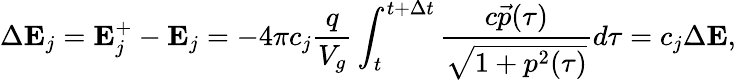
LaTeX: \Delta\mathbf{E}_{j}=\mathbf{E}_{j}^{+}-\mathbf{E}_{j}=-4\pi c_{j}\frac{q}{V_{g}}\int_{t}^{t+\Delta t}\frac{c\vec{p}(\tau)}{\sqrt{1+p^{2}(\tau)}}d\tau=c_{j}\Delta\mathbf{E},